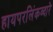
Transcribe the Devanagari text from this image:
हायपरलिंकव्दारे